Annual report on the working of the Harcourt Butler Institute of Public Health, Rangoon
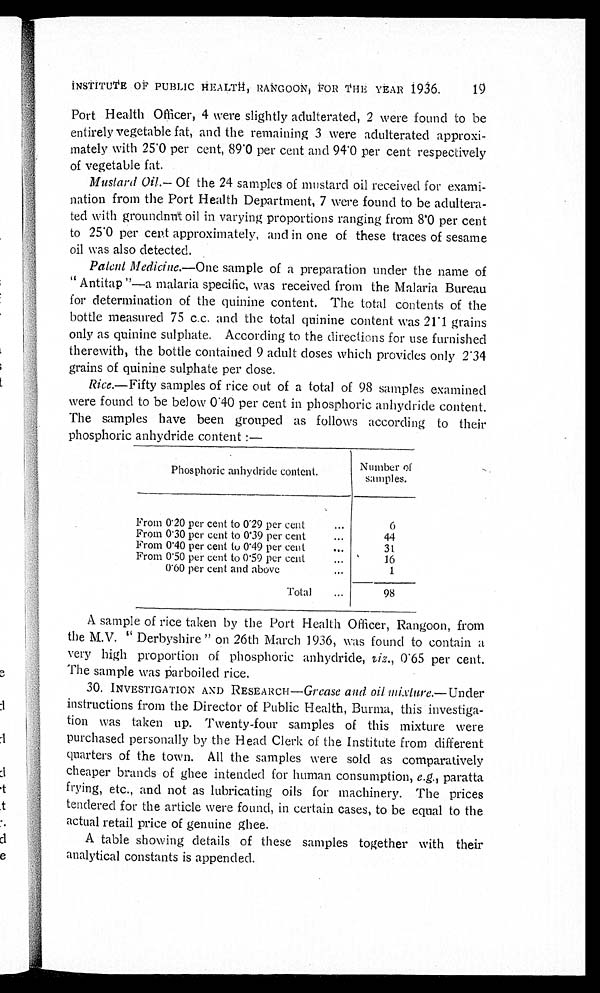
INSTITUTE OF PUBLIC HEALTH, RANGOON, FOR THE YEAR 1936.
Port Health Officer, 4 were slightly adulterated, 2 were found to be
entirely vegetable fat, and the remaining 3 were adulterated approxi
-mately with 25.0 per cent, 89.0 per cent and 94.0 per cent respectively
of vegetable fat.
Mustard Oil.— Of the 24 samples of mustard oil received for exami
- n a t i o n f r o m t h e P o r t H e a l t h D e p a r t m e n t ,7
were found to be adultera
-ted with groundnut oil in varying proportions ranging from 8.0 per cent
to 25.0 per cent approximately, and in one of these traces of sesame
oil was also detected.
Patent Medicine.—One sample of a preparation under the name of
"Antitap"—a malaria specific, was received from the Malaria Bureau
for determination of the quinine content. The total contents of the
bottle measured 75 c.c. and the total quinine content was 21.1 grains
only as quinine sulphate. According to the directions for use furnished
therewith, the bottle contained 9 adult doses which provides only 2.34
grains of quinine sulphate per dose.
Rice.—Fifty samples of rice out of a total of 98 samples examined
were found to be below 0.40 per cent in phosphoric anhydride content.
The samples have been grouped as follows according to their
phosphoric anhydride content:—
Phosphoric anhydride content.
Numbero f
samples.
From 0.20 per cent to 0.29 per cent . . .
6
From 0.30 per cent to 0.39 per cent . . .
44
From 0.40 per cent to 0.49 per cent . . .
31
From 0.50 per cent to 0.59 per cent . . .
16
0.60 per cent and above . . .
1
Total . . .
98
A sample of rice taken by the Port Health Officer, Rangoon, from
the M.V. "Derbyshire" on 26th March 1936, was found to contain a
very high proportion of phosphoric anhydride, viz., 0.65 per cent.
The sample was parboiled rice.
30. INVESTIGATION AND RESEARCH— Grease
and oil mixture.—Under
instructions from the Director of Public Health, Burma, this investiga
- t i o n w a s t a k e n u p . T w e n t y - f o u r s a m p l e s o f t h i s m i x t u r e w e r e
purchased personally by the Head Clerk of the Institute from different
quarters of the town. All the samples were sold as comparatively
cheaper brands of ghee intended for human consumption, e.g., paratta
frying, etc., and not as lubricating oils for machinery. The prices
tendered for the article were found, in certain cases, to be equal to the
actual retail price of genuine ghee.
A table showing details of these samples together with their
analytical constants is appended.
19